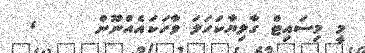
މީ މިސައިޓް ގާލިޔާކަހަލަ ވާހަކައެއްނޫން